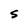
Character: S